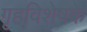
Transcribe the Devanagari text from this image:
गृहविशेषके